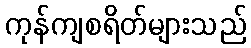
ကုန်ကျစရိတ်များသည်